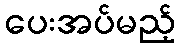
ပေးအပ်မည့်